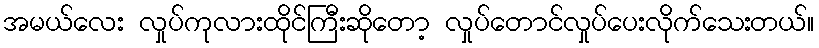
အမယ်လေး လှုပ်ကုလားထိုင်ကြီးဆိုတော့ လှုပ်တောင်လှုပ်ပေးလိုက်သေးတယ်။